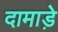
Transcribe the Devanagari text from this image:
दामाड़े